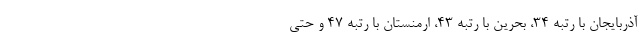
آذربایجان با رتبه 34، بحرین با رتبه 43، ارمنستان با رتبه 47 و حتی